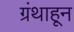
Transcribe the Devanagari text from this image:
ग्रंथाहून